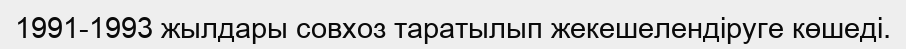
1991-1993 жылдары совхоз таратылып жекешелендіруге көшеді.